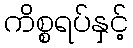
ကိစ္စရပ်နှင့်